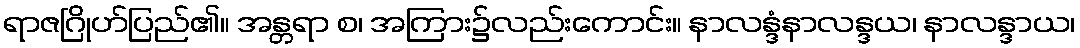
ရာဇဂြိုဟ်ပြည်၏။ အန္တရာ စ၊ အကြား၌လည်းကောင်း။ နာလန္ဒံနာလန္ဒယ၊ နာလန္ဒာယ၊